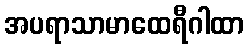
အပရာသာမာထေရီဂါထာ